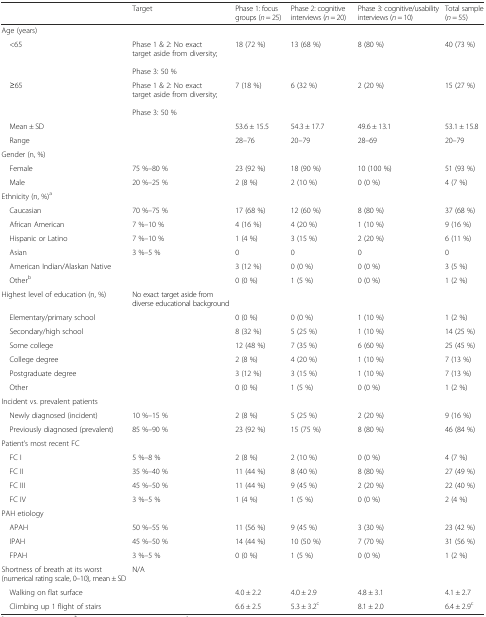
<table><thead><tr><td></td><td><b>Target</b></td><td><b>Phase 1: focus groups (<i>n</i> = 25)</b></td><td><b>Phase 2: cognitive interviews (<i>n</i> = 20)</b></td><td><b>Phase 3: cognitive/usability interviews (<i>n</i> = 10)</b></td><td><b>Total sample (<i>n</i> = 55)</b></td></tr></thead><tbody><tr><td>Age (years)</td><td></td><td></td><td></td><td></td><td></td></tr><tr><td> &lt;65</td><td>Phase 1 &amp; 2: No exact target aside from diversity;Phase 3: 50 %</td><td>18 (72 %)</td><td>13 (68 %)</td><td>8 (80 %)</td><td>40 (73 %)</td></tr><tr><td> ≥65</td><td>Phase 1 &amp; 2: No exact target aside from diversity;Phase 3: 50 %</td><td>7 (18 %)</td><td>6 (32 %)</td><td>2 (20 %)</td><td>15 (27 %)</td></tr><tr><td> Mean ± SD</td><td></td><td>53.6 ± 15.5</td><td>54.3 ± 17.7</td><td>49.6 ± 13.1</td><td>53.1 ± 15.8</td></tr><tr><td> Range</td><td></td><td>28–76</td><td>20–79</td><td>28–69</td><td>20–79</td></tr><tr><td>Gender (n, %)</td><td></td><td></td><td></td><td></td><td></td></tr><tr><td> Female</td><td>75 %–80 %</td><td>23 (92 %)</td><td>18 (90 %)</td><td>10 (100 %)</td><td>51 (93 %)</td></tr><tr><td> Male</td><td>20 %–25 %</td><td>2 (8 %)</td><td>2 (10 %)</td><td>0 (0 %)</td><td>4 (7 %)</td></tr><tr><td>Ethnicity (n, %)<sup>a</sup></td><td></td><td></td><td></td><td></td><td></td></tr><tr><td> Caucasian</td><td>70 %–75 %</td><td>17 (68 %)</td><td>12 (60 %)</td><td>8 (80 %)</td><td>37 (68 %)</td></tr><tr><td> African American</td><td>7 %–10 %</td><td>4 (16 %)</td><td>4 (20 %)</td><td>1 (10 %)</td><td>9 (16 %)</td></tr><tr><td> Hispanic or Latino</td><td>7 %–10 %</td><td>1 (4 %)</td><td>3 (15 %)</td><td>2 (20 %)</td><td>6 (11 %)</td></tr><tr><td> Asian</td><td>3 %–5 %</td><td>0</td><td>0</td><td>0</td><td>0</td></tr><tr><td> American Indian/Alaskan Native</td><td></td><td>3 (12 %)</td><td>0 (0 %)</td><td>0 (0 %)</td><td>3 (5 %)</td></tr><tr><td> Other<sup>b</sup></td><td></td><td>0 (0 %)</td><td>1 (5 %)</td><td>0 (0 %)</td><td>1 (2 %)</td></tr><tr><td>Highest level of education (n, %)</td><td>No exact target aside from diverse educational background</td><td></td><td></td><td></td><td></td></tr><tr><td> Elementary/primary school</td><td></td><td>0 (0 %)</td><td>0 (0 %)</td><td>1 (10 %)</td><td>1 (2 %)</td></tr><tr><td> Secondary/high school</td><td></td><td>8 (32 %)</td><td>5 (25 %)</td><td>1 (10 %)</td><td>14 (25 %)</td></tr><tr><td> Some college</td><td></td><td>12 (48 %)</td><td>7 (35 %)</td><td>6 (60 %)</td><td>25 (45 %)</td></tr><tr><td> College degree</td><td></td><td>2 (8 %)</td><td>4 (20 %)</td><td>1 (10 %)</td><td>7 (13 %)</td></tr><tr><td> Postgraduate degree</td><td></td><td>3 (12 %)</td><td>3 (15 %)</td><td>1 (10 %)</td><td>7 (13 %)</td></tr><tr><td> Other</td><td></td><td>0 (0 %)</td><td>1 (5 %)</td><td>0 (0 %)</td><td>1 (2 %)</td></tr><tr><td>Incident vs. prevalent patients</td><td></td><td></td><td></td><td></td><td></td></tr><tr><td> Newly diagnosed (incident)</td><td>10 %–15 %</td><td>2 (8 %)</td><td>5 (25 %)</td><td>2 (20 %)</td><td>9 (16 %)</td></tr><tr><td> Previously diagnosed (prevalent)</td><td>85 %–90 %</td><td>23 (92 %)</td><td>15 (75 %)</td><td>8 (80 %)</td><td>46 (84 %)</td></tr><tr><td>Patient’s most recent FC</td><td></td><td></td><td></td><td></td><td></td></tr><tr><td> FC I</td><td>5 %–8 %</td><td>2 (8 %)</td><td>2 (10 %)</td><td>0 (0 %)</td><td>4 (7 %)</td></tr><tr><td> FC II</td><td>35 %–40 %</td><td>11 (44 %)</td><td>8 (40 %)</td><td>8 (80 %)</td><td>27 (49 %)</td></tr><tr><td> FC III</td><td>45 %–50 %</td><td>11 (44 %)</td><td>9 (45 %)</td><td>2 (20 %)</td><td>22 (40 %)</td></tr><tr><td> FC IV</td><td>3 %–5 %</td><td>1 (4 %)</td><td>1 (5 %)</td><td>0 (0 %)</td><td>2 (4 %)</td></tr><tr><td>PAH etiology</td><td></td><td></td><td></td><td></td><td></td></tr><tr><td> APAH</td><td>50 %–55 %</td><td>11 (56 %)</td><td>9 (45 %)</td><td>3 (30 %)</td><td>23 (42 %)</td></tr><tr><td> IPAH</td><td>45 %–50 %</td><td>14 (44 %)</td><td>10 (50 %)</td><td>7 (70 %)</td><td>31 (56 %)</td></tr><tr><td> FPAH</td><td>3 %–5 %</td><td>0 (0 %)</td><td>1 (5 %)</td><td>0 (0 %)</td><td>1 (2 %)</td></tr><tr><td>Shortness of breath at its worst (numerical rating scale, 0–10), mean ± SD</td><td>N/A</td><td></td><td></td><td></td><td></td></tr><tr><td> Walking on flat surface</td><td></td><td>4.0 ± 2.2</td><td>4.0 ± 2.9</td><td>4.8 ± 3.1</td><td>4.1 ± 2.7</td></tr><tr><td> Climbing up 1 flight of stairs</td><td></td><td>6.6 ± 2.5</td><td>5.3 ± 3.2<sup>c</sup></td><td>8.1 ± 2.0</td><td>6.4 ± 2.9<sup>c</sup></td></tr></tbody></table>